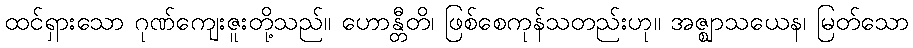
ထင်ရှားသော ဂုဏ်ကျေးဇူးတို့သည်။ ဟောန္တီတိ၊ ဖြစ်စေကုန်သတည်းဟု။ အဇ္ဈာသယေန၊ မြတ်သော